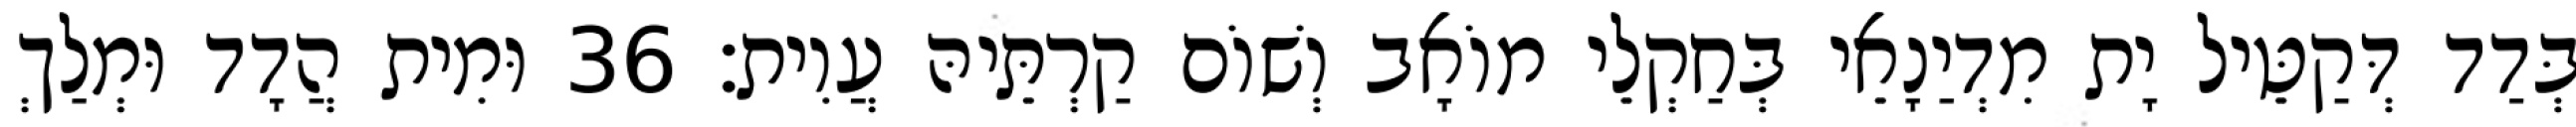
בְּדַד דְּקַטֵּיל יָת מִדְיַנָאֵי בְּחַקְלֵי מוֹאָב וְשׁוֹם קַרְתֵּיהּ עֲוִית׃ 36 וּמִית הֲדָד וּמְלַךְ